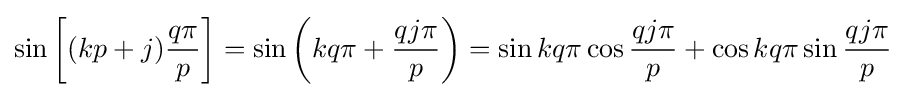
\sin \left[(kp+j){\frac {q\pi }{p}}\right]=\sin \left(kq\pi +{\frac {qj\pi }{p}}\right)=\sin kq\pi \cos {\frac {qj\pi }{p}}+\cos kq\pi \sin {\frac {qj\pi }{p}}